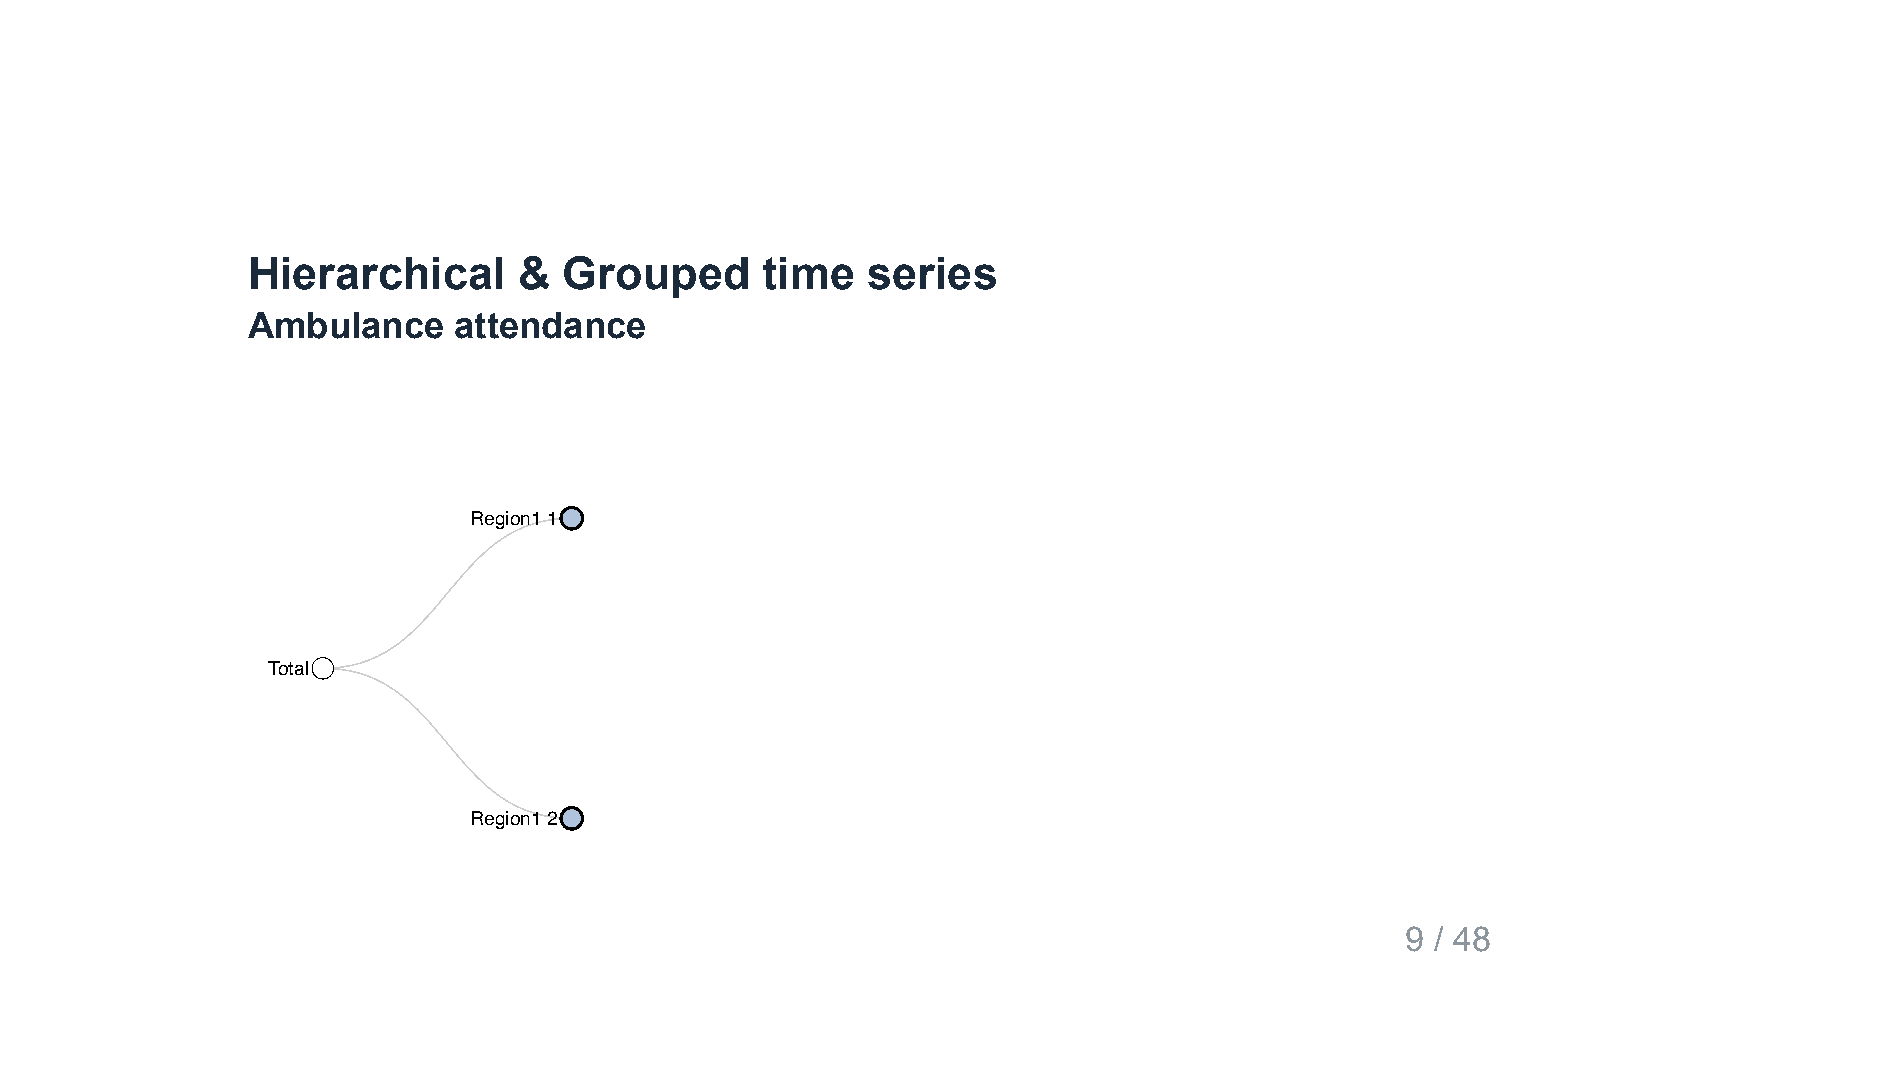
Hierarchical      &  Grouped       time  series
 Ambulance     attendance
 Region1 1
 Total
 Region1 2
 9 / 48